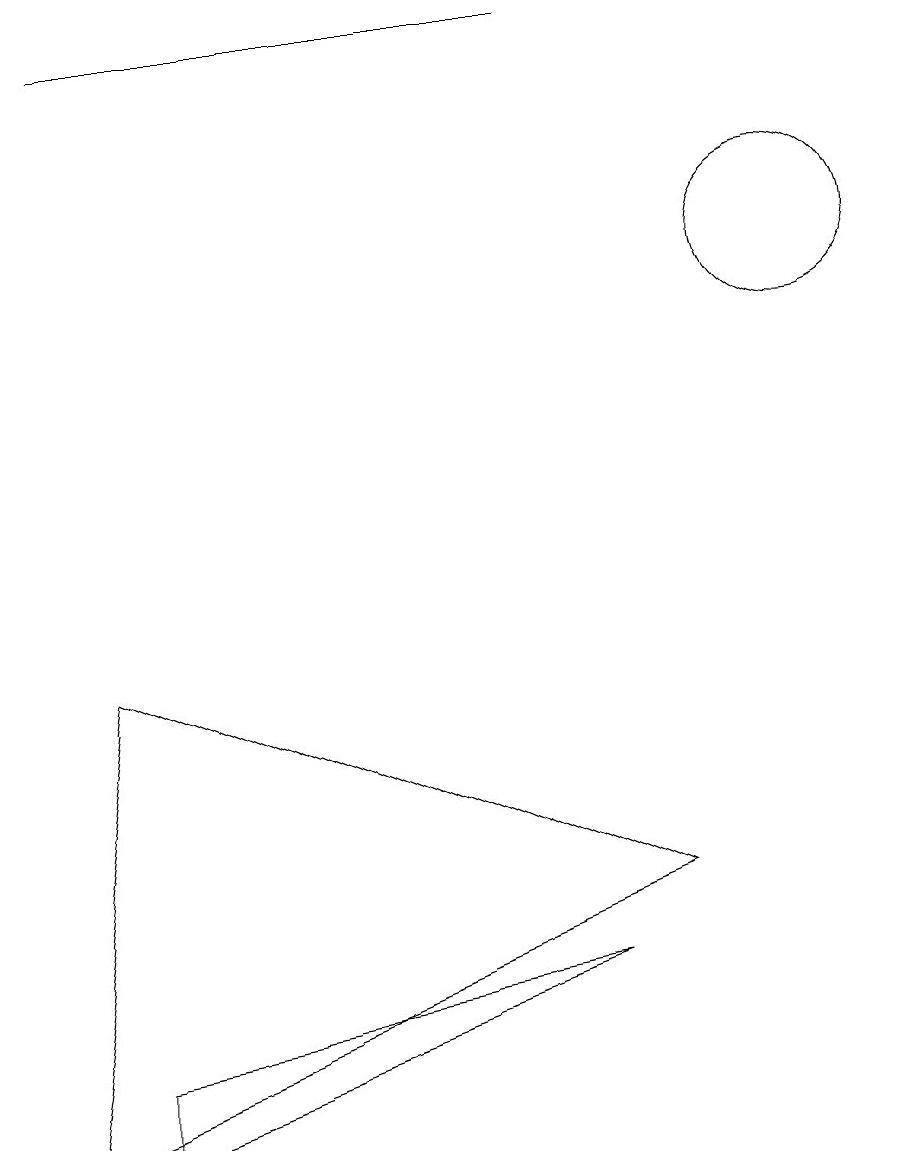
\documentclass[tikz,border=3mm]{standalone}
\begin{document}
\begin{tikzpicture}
\draw (1,1) -- (1,0) -- (7,2) -- cycle;
\draw (10,11) circle (1);
\draw (8,3) -- (1,6) -- (0,0) -- cycle;
\draw (1,14) rectangle (7,14);
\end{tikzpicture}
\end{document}